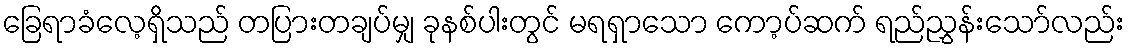
ခြေရာခံလေ့ရှိသည် တပြားတချပ်မျှ ခုနစ်ပါးတွင် မရရှာသော ကော့ပ်ဆက် ရည်ညွှန်းသော်လည်း